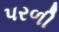
પરળી